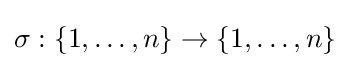
\sigma :\{1,\dots ,n\}\to \{1,\dots ,n\}